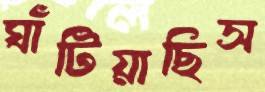
ঘাঁটিয়াছিস